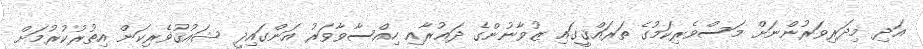
އަދި މިދަރިވަރުންނަށް މަސްވެރިކަމުގެ ތަރައްޤީގައި ޒުވާނުންގެ ދަޢުރާއި ހިއްސާވާވަރު އަންގައިދީ ޝައުޤުވެރިކަން އިތުރުކުރުމަށް